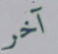
آخر